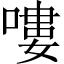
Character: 嘍